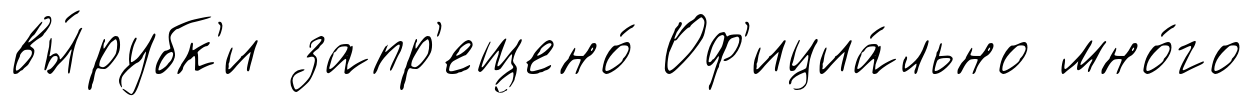
вы́рубк'и запр'ещено́ Оф'ициа́льно мно́го